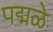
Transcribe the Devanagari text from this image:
पद्मळे